Punjab Mental Hospital Lahore 1932-46 - 1932-1946
Year: 1932
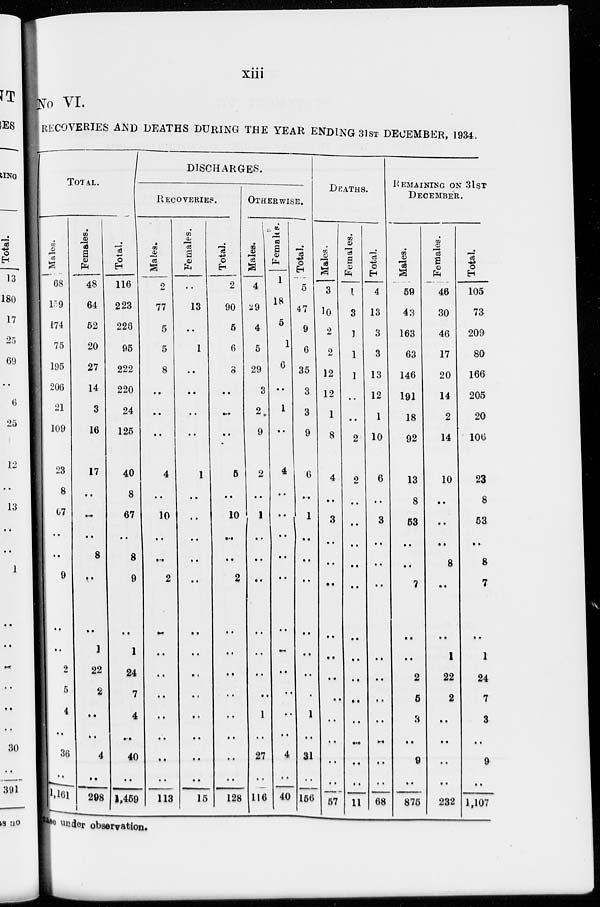
xiii
No VI.
RECOVERIES AND DEATHS DURING THE YEAR ENDING 31ST DECEMBER, 1934.
TOTAL.
Males.
68
159
174
75
195
206
21
109
23
8
67
..
..
9
..
..
2
5
4
..
36
.. 1,161
Females.
48
64
52
20
27
14
3
16
17
..
..
..
8
..
..
1
22
2
..
..
4
..
298
Total.
116
223
228
95
222
220
24
125
40
8
67
..
8
9
..
1
24
7
4
..
40
..
1,459
DISCHARGES.
RECOVERIES.
Males.
2
77
5
5
8
..
..
..
4
..
10
..
..
2
..
..
..
..
..
..
..
..
113
Females.
..
13
..
1
..
..
..
..
1
..
..
..
..
..
..
..
..
..
..
..
..
..
15
Total.
2
90
5
6
8
..
..
..
5
..
10
..
..
2
..
..
..
..
..
..
..
..
128
OTHERWISE.
Males.
4
29
4
5
29
3
2
9
2
..
1
..
..
..
..
..
..
..
1
..
27
..
116
Females.
1
18
5
1
6
..
1
..
4
..
..
..
..
..
..
..
..
..
..
..
4
..
40
Total.
5
47
9
6
35
3
3
9
6
..
1
..
..
..
..
..
..
..
1
..
31
..
156
DEATHS.
Males.
3
10
2
2
12
12
1
8
4
..
3
..
..
..
..
..
..
..
..
..
..
..
57
Females.
1
3
1
1
1
..
2
2
..
..
..
..
..
..
..
..
..
..
..
..
..
11
Total.
4
13
3
3
13
12
1
10
6
..
3
..
..
..
..
..
..
..
..
..
..
68
REMAINING ON 31ST
DECEMBER.
Males.
59
43
163
63
146
191
18
92
13
8
53
..
..
7
..
..
2
5
3
..
9
..
875
Females.
46
30
46
17
20
14
2
14
10
..
..
..
8
..
..
1
22
2
..
..
..
..
232
Total.
105
73
209
80
166
205
20
106
23
8
53
..
8
7
..
1
24
7
3
..
9
..
1,107
case under observation.